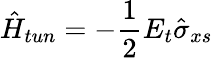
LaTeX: \hat{H}_{tun}=-\frac{1}{2}E_{t}\hat{\sigma}_{xs}